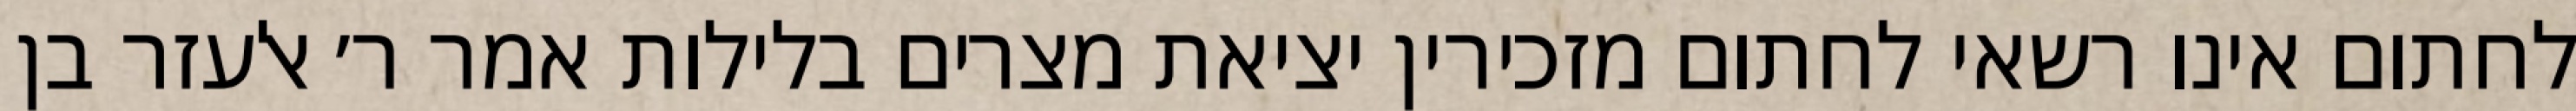
לחתום אינו רשאי לחתום מזכירין יציאת מצרים בלילות אמר ר׳ אלעזר בן